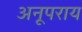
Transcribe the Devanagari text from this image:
अनूपराय